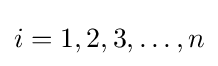
i=1,2,3,\ldots ,n